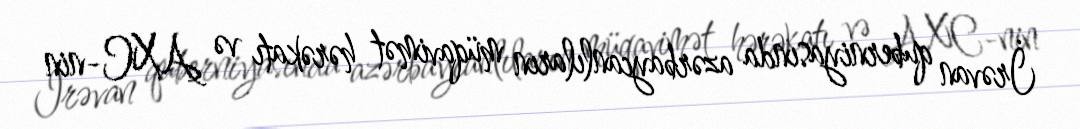
İrəvan quberniyasında azərbaycanlıların müqavimət hərəkatı və AXC-nin